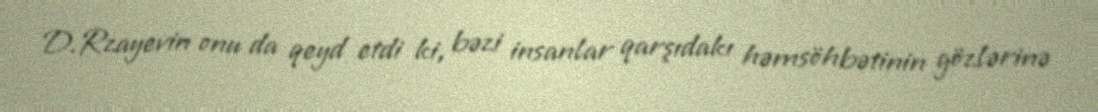
D.Rzayevin onu da qeyd etdi ki, bəzi insanlar qarşıdakı həmsöhbətinin gözlərinə